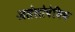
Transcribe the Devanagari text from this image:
अलेलोपेथिक